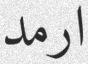
ارمد